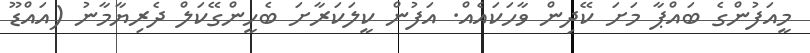
މީއަފުންގެ ބައްޕާ މަށަ ކޭދިން ވާހަކައެއް. އަފުން ކީލަކަރާށަ ބެހީންގޭކަލް ދެރިޔާމާނު (އައްޑޫ